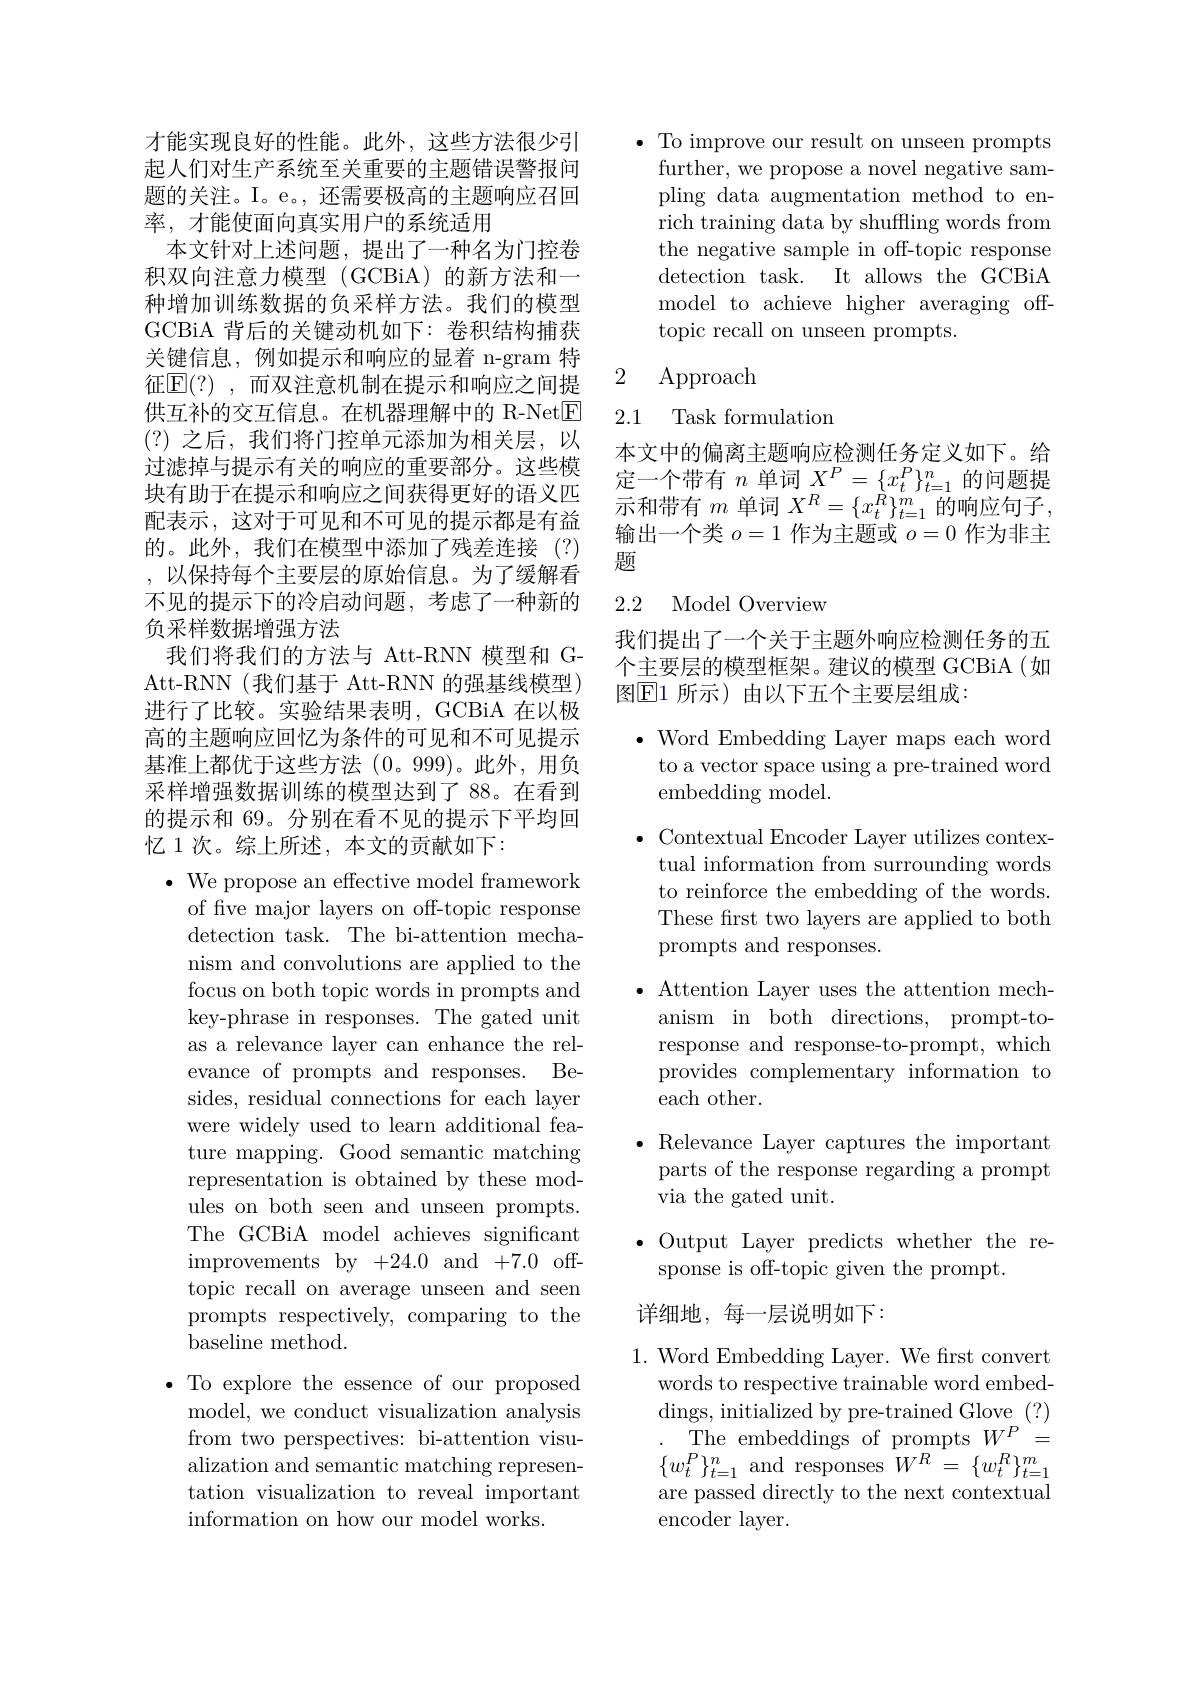
才能实现良好的性能。此外，这些方法很少引起人们对生产系统至关重要的主题错误警报问题的关注。I。e。, 还需要极高的主题响应召回率，才能使面向真实用户的系统适用
本文针对上述问题，提出了一种名为门控卷积双向注意力模型(GCBiA)的新方法和一种增加训练数据的负采样方法。我们的模型GCBiA 背后的关键动机如下：卷积结构捕获关键信息，例如提示和响应的显着 n-gram 特征[E](?),而双注意机制在提示和响应之间提供互补的交互信息。在机器理解中的 R-Net$\boxed{\mathrm{F}}$ (?)之后，我们将门控单元添加为相关层，以过滤掉与提示有关的响应的重要部分。这些模块有助于在提示和响应之间获得更好的语义匹配表示，这对于可见和不可见的提示都是有益的。此外，我们在模型中添加了残差连接(?) ,以保持每个主要层的原始信息。为了缓解看不见的提示下的冷启动问题，考虑了一种新的负采样数据增强方法
我们将我们的方法与 Att-RNN 模型和 GAtt-RNN(我们基于 Att-RNN 的强基线模型) 进行了比较。实验结果表明，GCBiA 在以极高的主题响应回忆为条件的可见和不可见提示基准上都优于这些方法(0。999)。此外，用负采样增强数据训练的模型达到了 88。在看到的提示和 69。分别在看不见的提示下平均回忆 1 次。综上所述，本文的贡献如下：
$\bullet$ We propose an effective model framework

of five major layers on off-topic response detection task. The bi-attention mechanism and convolutions are applied to the focus on both topic words in prompts and key-phrase in responses. The gated unit as a relevance layer can enhance the relevance of prompts and responses. Besides, residual connections for each layer were widely used to learn additional feature mapping. Good semantic matching representation is obtained by these modules on both seen and unseen prompts. The GCBiA model achieves significant improvements by +24.0 and +7.0 offtopic recall on average unseen and seen prompts respectively, comparing to the baseline method.
$\bullet$ To explore the essence of our proposed
model, we conduct visualization analysis from two perspectives: bi-attention visualization and semantic matching representation visualization to reveal important information on how our model works.

$\bullet$ To improve our result on unseen prompts
further, we propose a novel negative sampling data augmentation method to enrich training data by shuffling words from the negative sample in off-topic response detection task. It allows the GCBiA model to achieve higher averaging offtopic recall on unseen prompts.

2 Approach

## 2.1 Task formulation

本文中的偏离主题响应检测任务定义如下。给定一个带有$n$单词$X^P=\{x_t^P\}_{t=1}^n$的问题提示和带有$m$单词$X^R=\{x_t^{R}\}_{t=1}^{m}$的响应句子， 输出一个类$o=1$作为主题或$o=0$作为非主题

## 2.2 Model Overview

我们提出了一个关于主题外响应检测任务的五个主要层的模型框架。建议的模型 GCBiA(如图$\mathbb{E}$1 所示)由以下五个主要层组成：

$\bullet$ Word Embedding Layer maps each word
to a vector space using a pre-trained word
embedding model.

$\bullet$ Contextual Encoder Layer utilizes contex-
tual information from surrounding words to reinforce the embedding of the words. These first two layers are applied to both prompts and responses.
$\bullet$ Attention Layer uses the attention mechanism in both directions, prompt-toresponse and response-to-prompt, which provides complementary information to each other.
$\bullet$ Relevance Layer captures the important parts of the response regarding a prompt via the gated unit.
$\bullet$ Output Layer predicts whether the re-
sponse is off-topic given the prompt.
详细地，每一层说明如下：
1. Word Embedding Layer. We frst convert

words to respective trainable word embeddings, initialized by pre-trained Glove (?)
The embeddings of prompts $W^{P}=$ $\{w_{t}^{P}\}_{t=1}^{n}$and responses $W^R=\{w_{t}^{R}\}_{t=1}^{m}$ are passed directly to the next contextual encoder layer.